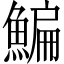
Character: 鯿